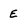
Character: E